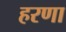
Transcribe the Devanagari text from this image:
हरणा